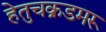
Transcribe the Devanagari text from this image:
हेतुचक्रडमरू